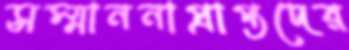
সম্মাননাপ্রাপ্তদের